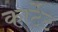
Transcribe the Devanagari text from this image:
कार्टेट